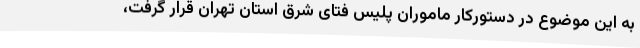
به این موضوع در دستورکار ماموران پلیس فتای شرق استان تهران قرار گرفت،